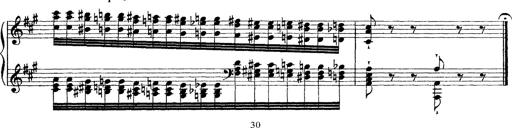
Title: Grande fantasie di bravura sur La clochette
Composer: Franz Liszt
Key: A minor